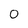
Character: 0